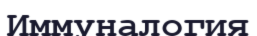
Иммуналогия